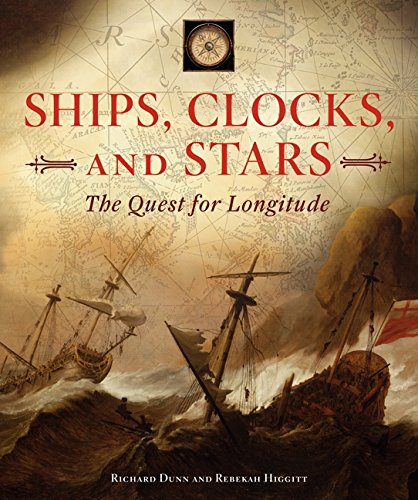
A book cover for Ships, Clocks, and Stars: The Quest for Longitude; Richard Dunn; History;